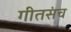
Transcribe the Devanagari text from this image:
गीतसंच